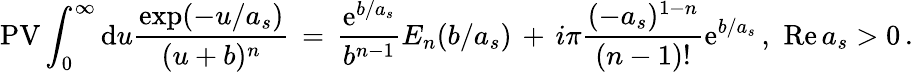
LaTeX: \mathrm{PV}\int_{0}^{\infty}\mathrm{d}u{\frac{\exp(-u/a_{s})}{(u+b)^{n}}}\, =\, {\frac{\mathrm{e}^{b/a_{s}}}{b^{n-1}}}E_{n}(b/a_{s})\, +\, i\pi{\frac{(-a_{s})^{1-n}}{(n-1)!}}\mathrm{e}^{b/a_{s}}\, ,\, \, \mathrm{Re}\, a_{s}>0\, .